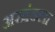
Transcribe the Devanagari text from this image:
अखंडला